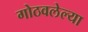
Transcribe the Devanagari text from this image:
गोठवलेल्या